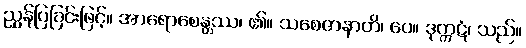
ညွှန်ပြခြင်းဖြင့်။ အာရောစေန္တဿ၊ ၏။ သစေဇာနာတိ၊ ပေ။ ဒုက္ကဋံ၊ သည်။